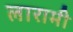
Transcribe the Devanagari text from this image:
लारामी